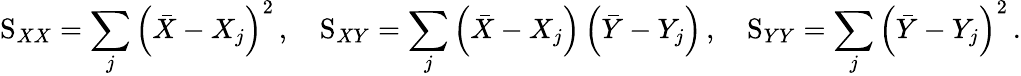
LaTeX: {\mathrm{S}}_{XX}=\sum_{j}{{\left(\bar{X}-{X}_{j}\right)}^{2}}\, ,\quad{\mathrm{S}}_{XY}=\sum_{j}{\left(\bar{X}-{X}_{j}\right)\left(\bar{Y}-{Y}_{j}\right)}\, ,\quad{\mathrm{S}}_{YY}=\sum_{j}{{\left(\bar{Y}-{Y}_{j}\right)}^{2}}\, .